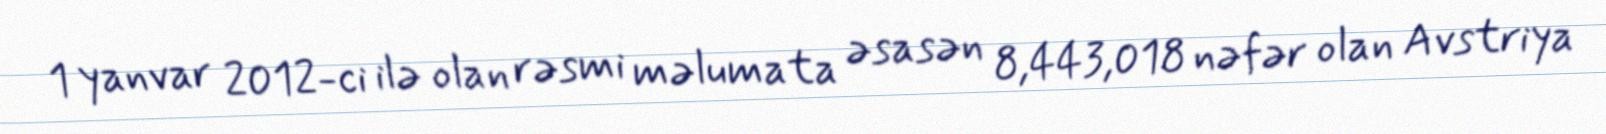
1 yanvar 2012-ci ilə olan rəsmi məlumata əsasən 8,443,018 nəfər olan Avstriya